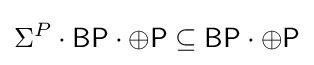
\Sigma ^{P}\cdot {\mathsf {BP}}\cdot \oplus {\mathsf {P}}\subseteq {\mathsf {BP}}\cdot \oplus {\mathsf {P}}